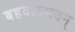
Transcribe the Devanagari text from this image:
बहवोऽभवन्